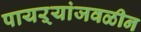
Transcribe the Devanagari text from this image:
पायऱ्यांजवळीन